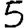
Digit: 5